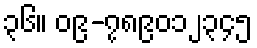
၃၆။ ၀၉-၇၈၉၀၁၂၃၄၅